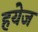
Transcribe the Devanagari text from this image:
हयेज